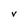
Character: V